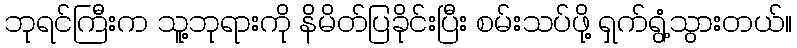
ဘုရင်ကြီးက သူ့ဘုရားကို နိမိတ်ပြခိုင်းပြီး စမ်းသပ်ဖို့ ရှက်ရွံ့သွားတယ်။